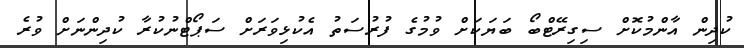
ކުދިން އާންމުކޮށް ސިގިރޭޓްބޯ ބަޔަކަށް ވުމުގެ ފުރުސަތު އެކުޅިވަރަށް ސަޕޯޓްނުކުރާ ކުދިންނަށް ވުރެ